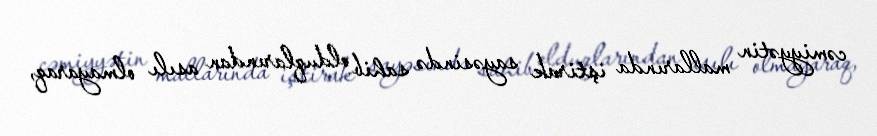
cəmiyyətin mallarında iştirak sayəsində sahib olduqlarından asılı olmayaraq,